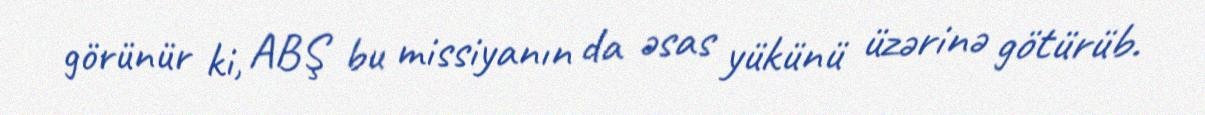
görünür ki, ABŞ bu missiyanın da əsas yükünü üzərinə götürüb.